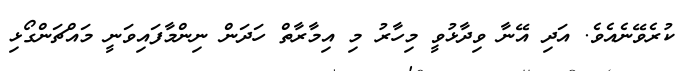
ކުރެވޭނެއެވެ. އަދި އޭނާ ވިދާޅުވީ މިހާރު މި އިމާރާތް ހަދަން ނިންމާފައިވަނީ މައްޗަންގޯޅި